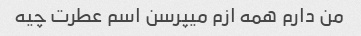
من دارم همه ازم میپرسن اسم عطرت چیه